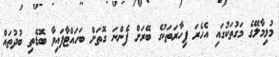
މުޅިމާލޭގެ މަގުތަކުގައި އެހެރަ ފިހާރަތަކުގެ ބޭރަށް ފެންނަ ގޮތަށް ބަހައްޓާފައިވާ ބޮޑެތި ބުދުތައް